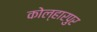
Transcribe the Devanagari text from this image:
कोल्हारपुर